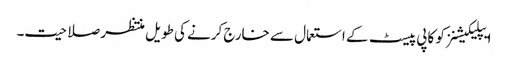
ایپلیکیشنز کو کاپی پیسٹ کے استعمال سے خارج کرنے کی طویل منتظر صلاحیت۔